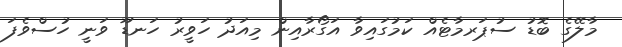
މާލޭގެ ބޮޑު ސުޕަރމާޓެއް ކަމުގައިވާ އަގޯރާއިން މިއަދު ހަވީރު ހަނޑޫ ވަނީ ހުސްވެފަ